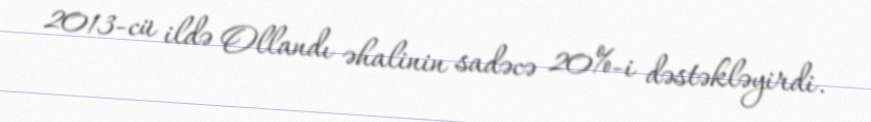
2013-cü ildə Ollandı əhalinin sadəcə 20%-i dəstəkləyirdi.